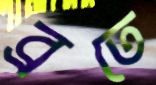
ব্রতে